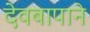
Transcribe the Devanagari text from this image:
देवबापाने